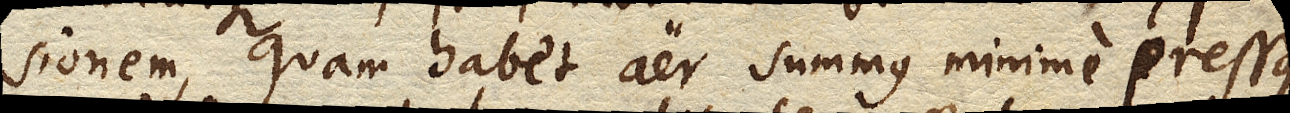
quam habet aer summus minime pressus.